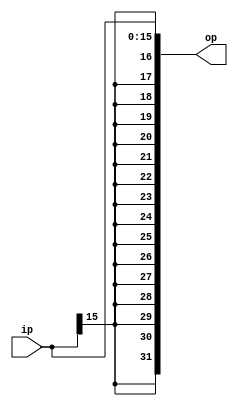

`timescale 1ns/100ps
module signext(ip, op);

input [15:0] ip;
output [31:0] op;
reg [31:0] ext;

always @(*) begin
 ext [15:0]  = ip;
 ext [31:16] = {16{ip[15]}};
end

assign op = ext;
endmodule